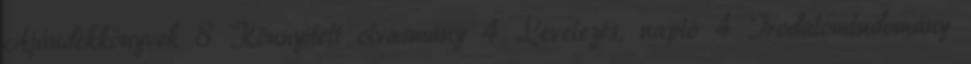
Ajándékkönyvek 8 Könnyített olvasmány 4 Levelezés, napló 4 Irodalomtudomány